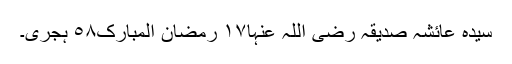
سیدہ عائشہ صدیقہ رضی اللہ عنہا١٧ رمضان المبارک٥٨ ہجری۔